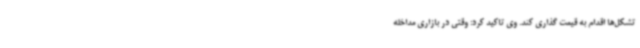
تشکل‌ها اقدام به قیمت گذاری کند. وی تاکید کرد: وقتی در بازاری مداخله